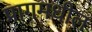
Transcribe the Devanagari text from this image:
प्रागमधील